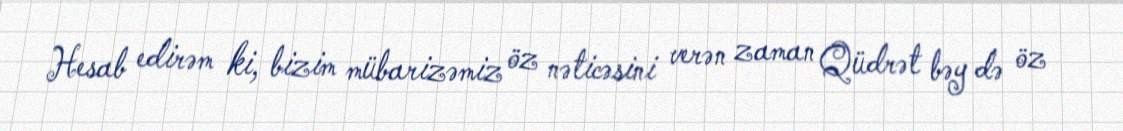
Hesab edirəm ki, bizim mübarizəmiz öz nəticəsini verən zaman Qüdrət bəy də öz